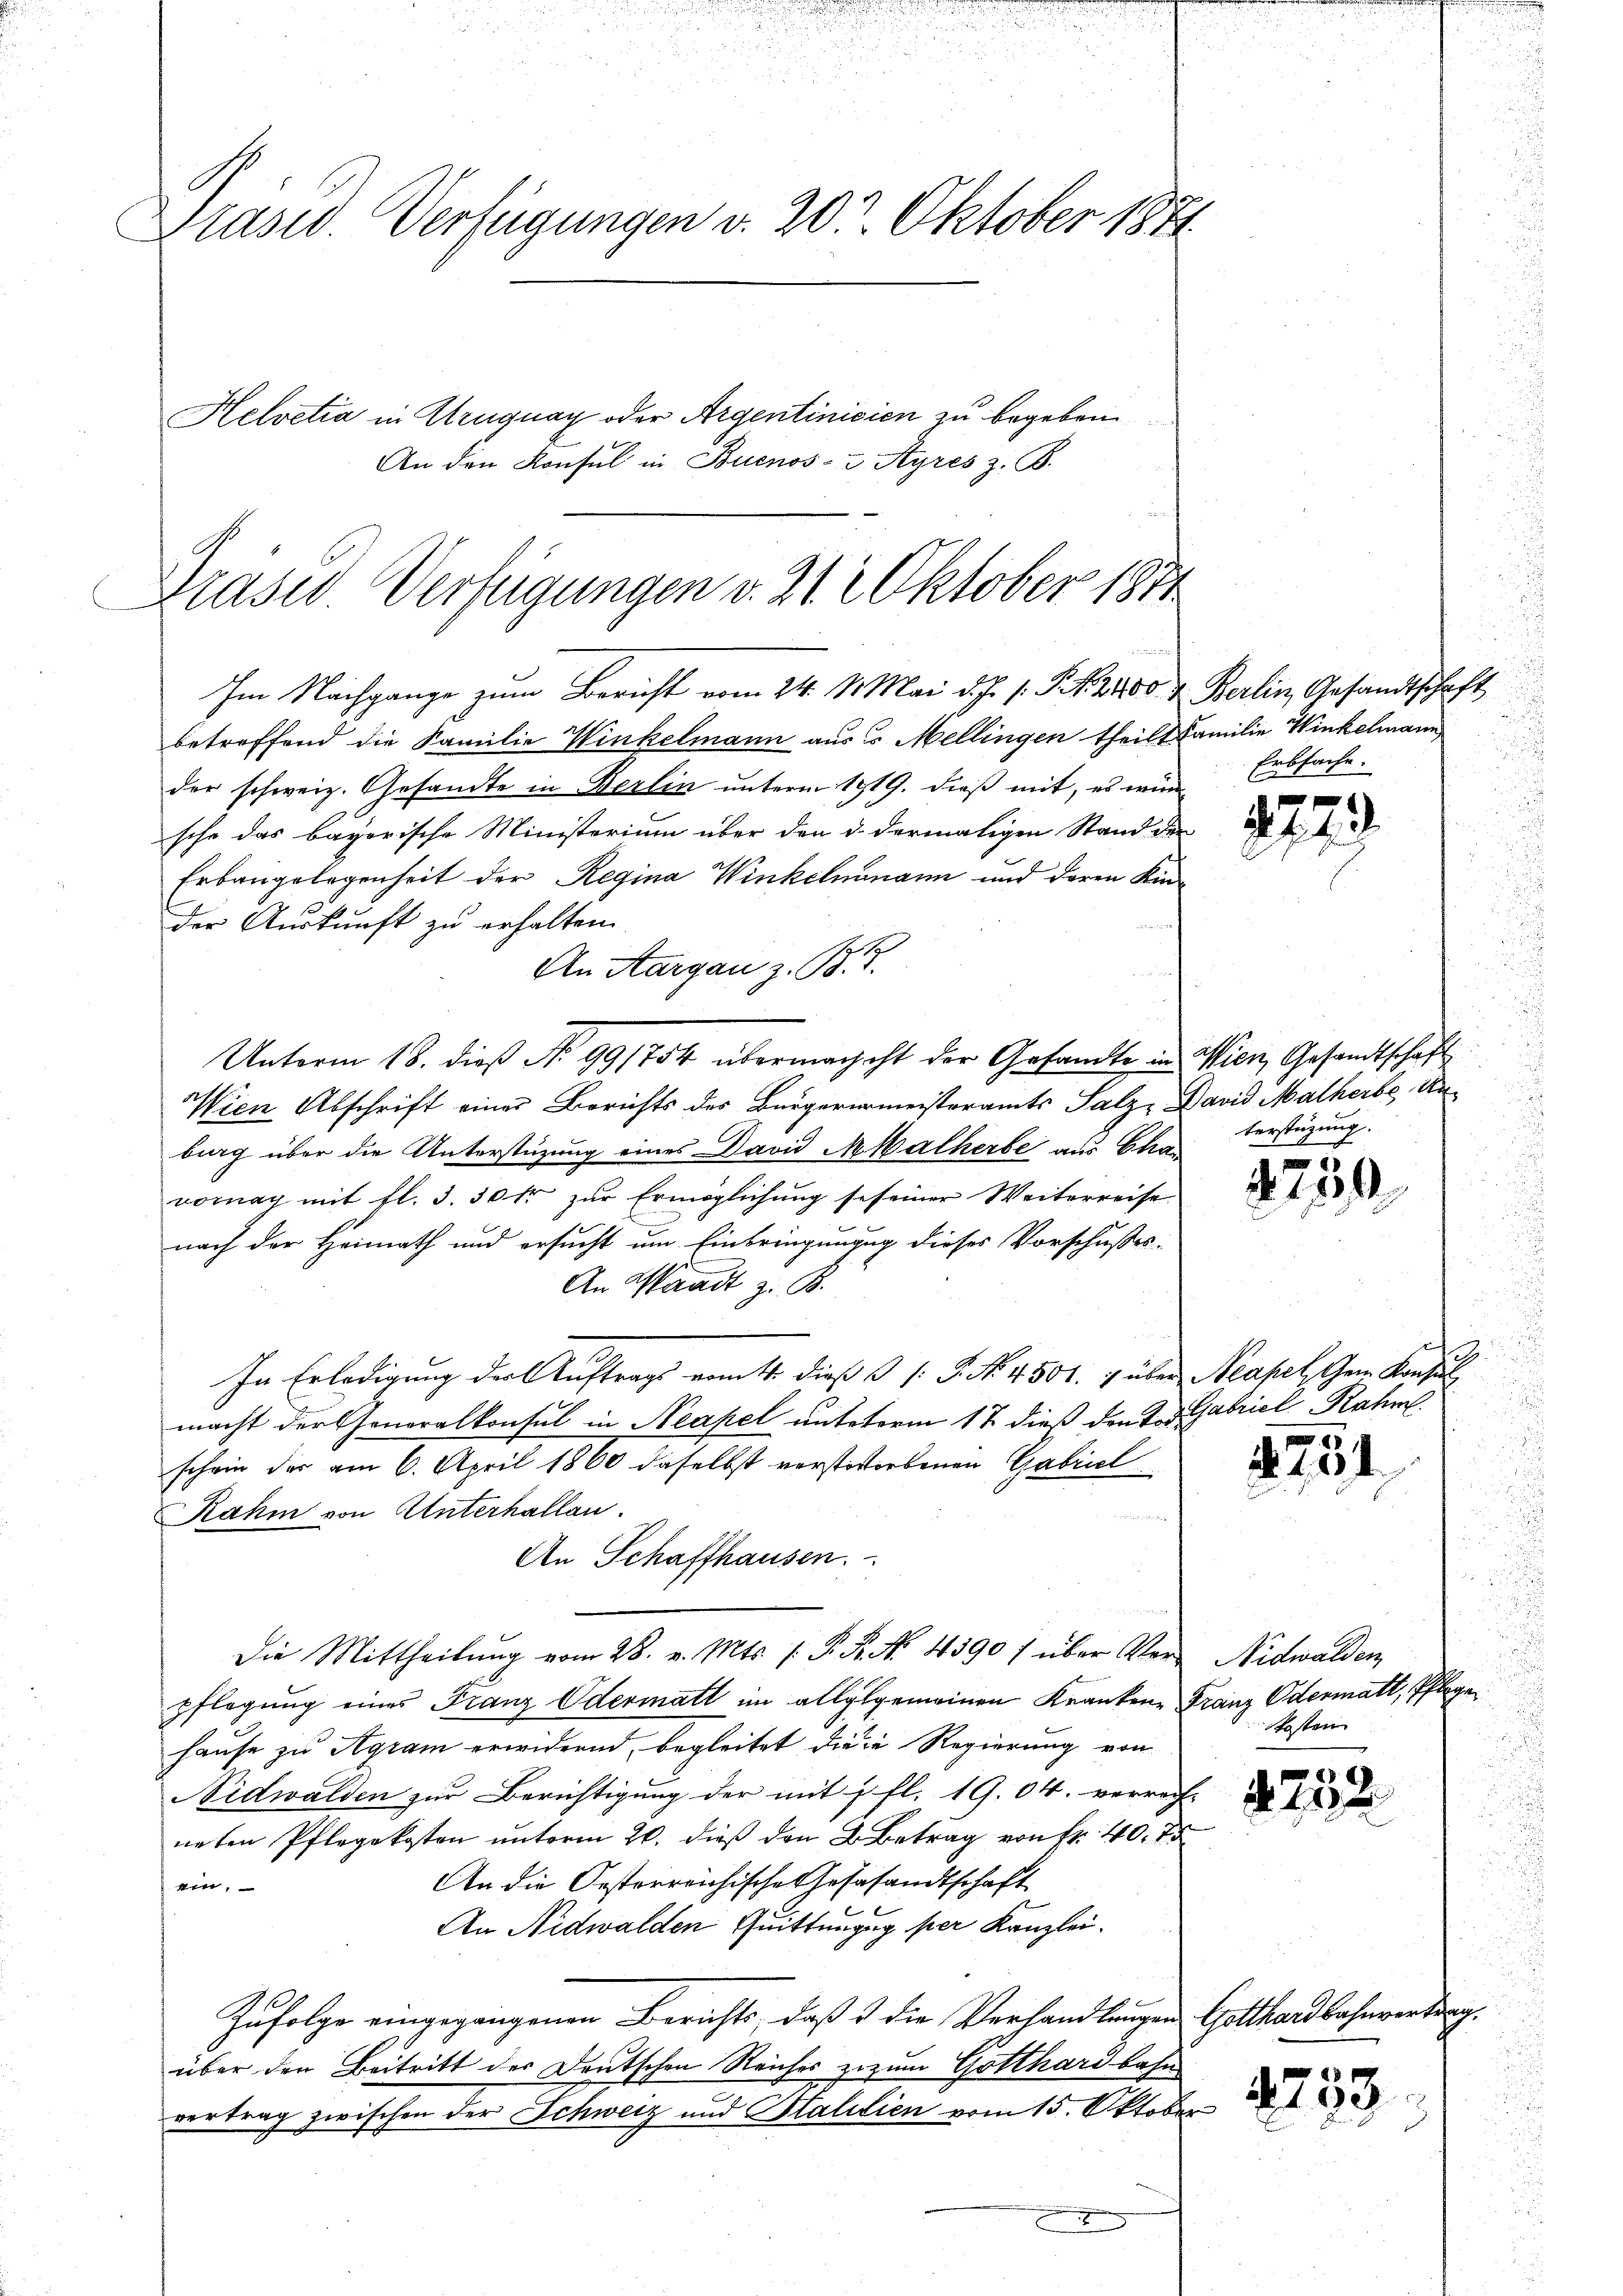
Präsid. Verfügungen v. 20. Oktober 1871
Helvetia in Uruguay oder Argentinicien zu begeben
An den Konsul in Buenos-Ayres z. B.

Präses Verfügungen v. 21. Oktober 1871
Im Nachgange zum Bericht vom 24. Mai d. J. s. S. 2400 & Berlin, Gesandtschaft

betreffend die Familie Winkelmann aus 6 Mellingen theilt Familie Winkelmann
der schweiz. Gesandte in Berlin unterm 1919. dieß mit, es wünsche das bayerische Ministerium über den d. dermaligen Stand der
Erbaugelegenheit der Regina Winkelmann und deren Kin-
der Auskunft zu erhalten
An Aargau z. B.
Unterm 18. dieß No 991754 übermachicht der Gesandte in Wien, Gesandtschaft
Wien Abschrift einer Berichts des Bürgermeisteramts Salz, David Malherbe, Unburg über die Unterstüzung eines David Malherbe aus Cha
vomag mit fl. 3. 50 fr zur Ermöglichung se seiner Weiterreise
nach der Heimath und ersucht um Einbringungg dieses Vorschusses-
An Waadt z. B.
In Erledigung der Auftrags vom 4. dieß P. Nr. 4500. über Neapel dem Konsul
macht der Generalkonsul in Neapel unteterm 17 dieß den der Gabriel Rahm
schein der am 6. April 1860 daselbst verstestorbenen Gabriel
Rahm von Unterhallen.
An Schaffhausen.
Die Mittheilŭng vom 28. v. Mts. 1. P. R. N. 4390 f über Ver- Nidwalden,
pflegung eines Franz Odermatt im allglgemeinen Krankene Franz Odermatt, Pflege
hause zu Agram erwidernd, begleitet die in Regierung von
Nidwalden zur Berichtigung der mit 1 fl. 19. 04. verrech-
neten Pflegekosten ŭnterm 20. dieβ den B. Betrag von Fr. 40. 7
An die Oesterreichische Gesesandtschaft
ein.
An Nidwalden Quittungung per Kanzlei.
Zufolge eingegangenen Berichts, daß & die Verhandlungen Gotthardbahnvertrag.
über den Beitritt der Deutschen Reiches zuzum Gotthardbahn
vertrag zwischen der Schweiz und Stalitien vom 15. Oktober
I

Erbsache.

terstüzung.
t

2

Stasten

2143.

2730

2234.

N. 119

2253